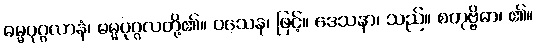
ဓမ္မပုဂ္ဂလာနံ၊ ဓမ္မပုဂ္ဂလတို့၏။ ဝသေန၊ ဖြင့်။ ဒေသနာ၊ သည်။ စတုဗ္ဗိဓာ၊ ၏။